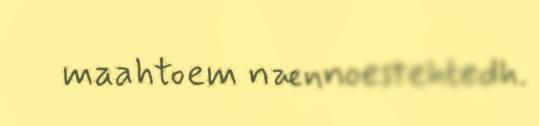
maahtoem nænnoestehtedh.